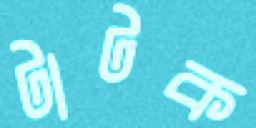
টাটক